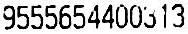
9555654400313